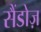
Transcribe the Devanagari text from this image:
सैंडोज़